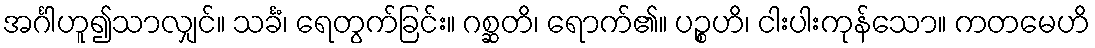
အင်္ဂါဟူ၍သာလျှင်။ သင်္ခံ၊ ရေတွက်ခြင်း။ ဂစ္ဆတိ၊ ရောက်၏။ ပဉ္စဟိ၊ ငါးပါးကုန်သော။ ကတမေဟိ